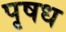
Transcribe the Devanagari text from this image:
पृषध